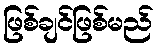
ဖြစ်ချင်ဖြစ်မည်